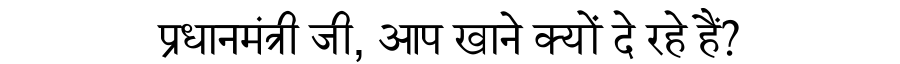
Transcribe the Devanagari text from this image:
प्रधानमंत्री जी, आप खाने क्यों दे रहे हैं?